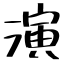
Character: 演